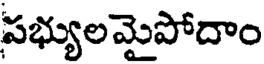
సభ్యులమైపోదాం